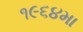
૧૯૬૪મા